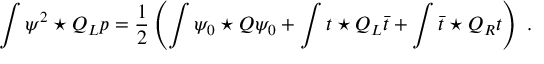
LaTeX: \int \psi ^ { 2 } \star Q _ { L } p = \frac { 1 } { 2 } \left( \int \psi _ { 0 } \star Q \psi _ { 0 } + \int t \star Q _ { L } \bar { t } + \int \bar { t } \star Q _ { R } t \right) \, \, .